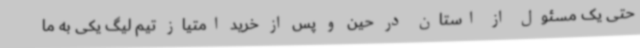
حتی یک مسئول از استان در حین و پس از خرید امتیاز تیم لیگ یکی به ما